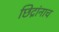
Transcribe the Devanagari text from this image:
छिद्रांनाच